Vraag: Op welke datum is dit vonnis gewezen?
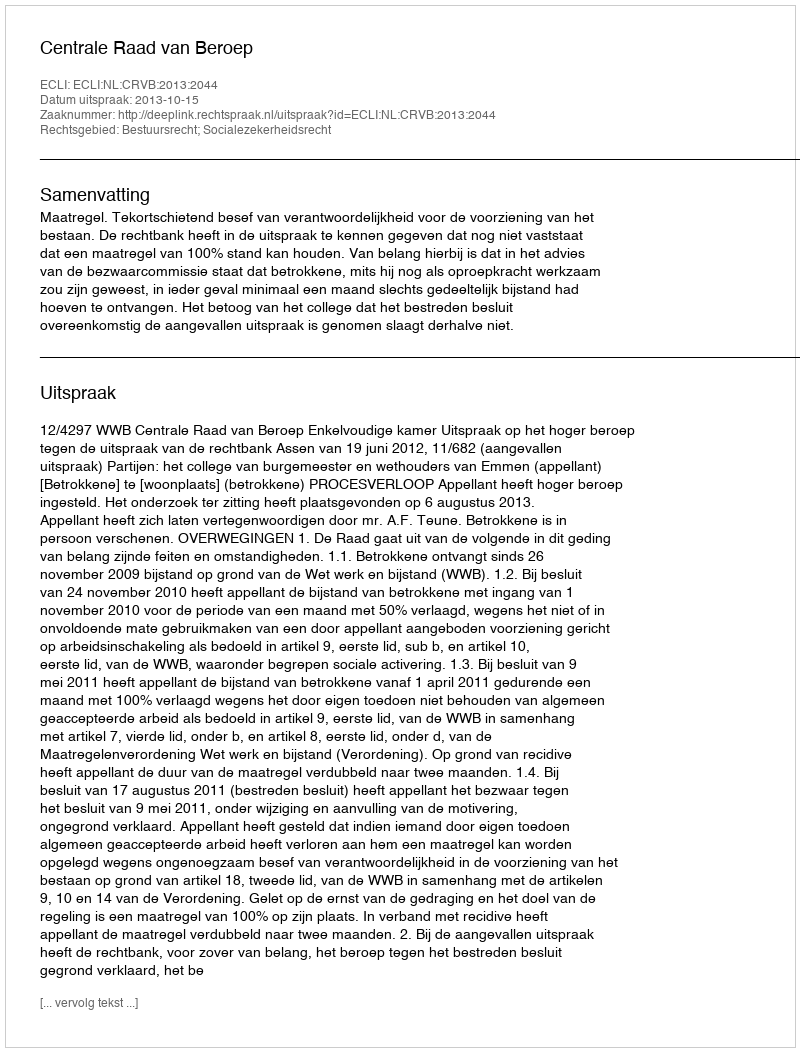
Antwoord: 2013-10-15